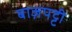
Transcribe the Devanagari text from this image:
बाज़पट्टी